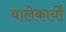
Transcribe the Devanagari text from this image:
वालेकार्यों